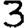
Digit: 3